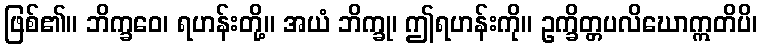
ဖြစ်၏။ ဘိက္ခဝေ၊ ရဟန်းတို့။ အယံ ဘိက္ခု၊ ဤရဟန်းကို။ ဥက္ခိတ္တပလိဃောဣတိပိ၊